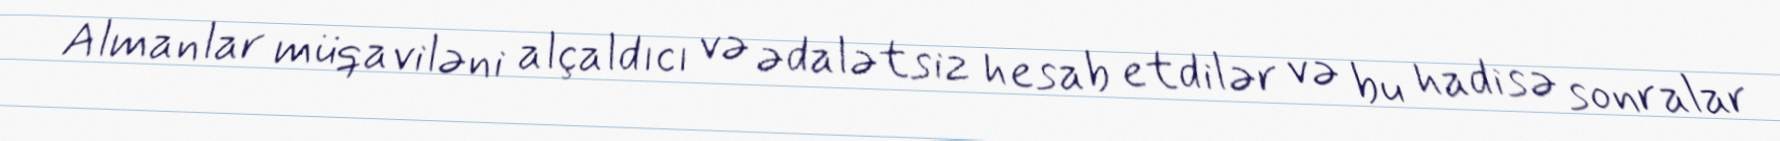
Almanlar müqaviləni alçaldıcı və ədalətsiz hesab etdilər və bu hadisə sonralar